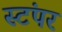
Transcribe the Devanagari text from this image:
स्टंपर